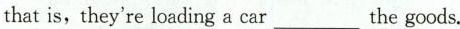
_that is,they're loading a car_the goods.